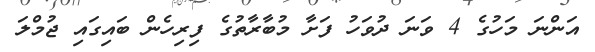
އަންނަ މަހުގެ 4 ވަނަ ދުވަހު ފަށާ މުބާރާތުގެ ފިރިހެން ބައިގައި ޖުމްލަ